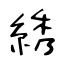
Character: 綉